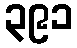
၃၉၁